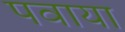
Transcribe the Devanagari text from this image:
पवाया